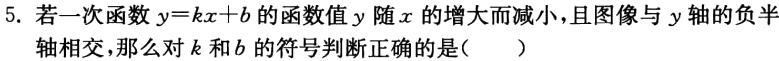
5. 若一次函数$y = kx + b$的函数值$y$随$x$的增大而减小，且图像与$y$轴的负半轴相交，那么对$k$和$b$的符号判断正确的是（  ）